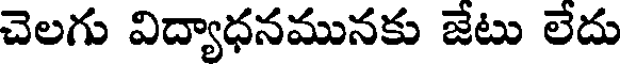
చెలగు విద్యాధనమునకు జేటు లేదు